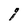
Character: g